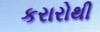
કરારોથી